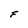
Character: F